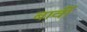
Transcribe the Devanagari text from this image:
बार्वी